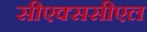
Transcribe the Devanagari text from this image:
सीएक्ससीएल